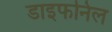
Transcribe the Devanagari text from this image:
डाइफनिल